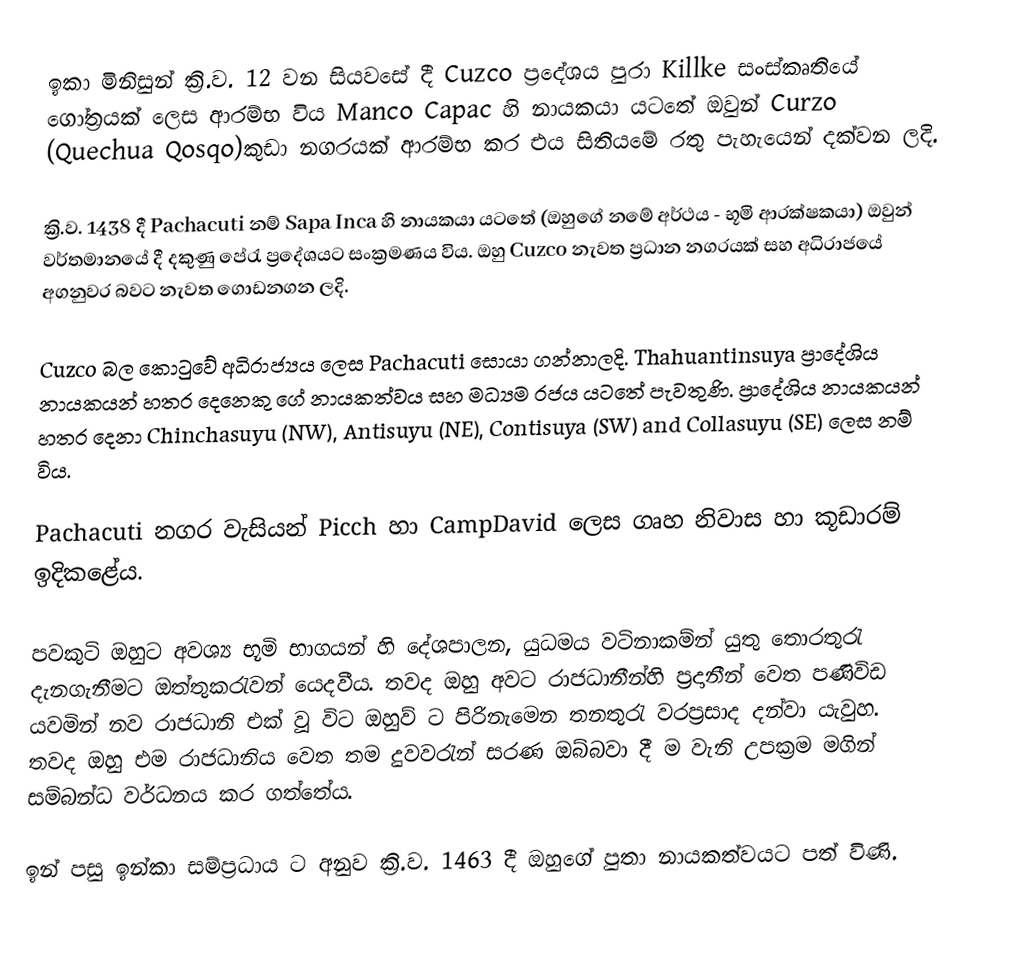
ඉකා මිනිසුන් ක්‍රි.ව. 12 වන සියවසේ දී Cuzco ප්‍රදේශය පුරා Killke සංස්කෘතියේ ගෝත්‍රයක් ලෙස ආරම්භ විය Manco Capac හි නායකයා යටතේ ඔවුන්  Curzo (Quechua Qosqo)කුඩා නගරයක් ආරම්භ කර එය සිතියමේ රතු පැහැයෙන් දක්වන ලදි.

ක්‍රි.ව. 1438 දී  Pachacuti  නම්  Sapa Inca හි නායකයා යටතේ (ඔහුගේ නමේ අර්ථය - භූමි ආරක්ෂකයා) ඔවුන් වර්තමානයේ දී දකුණු පේරැ ප්‍රදේශයට සංක්‍රමණය  විය. ඔහු  Cuzco නැවත ප්‍රධාන නගරයක් සහ අධිරාජයේ අගනුවර බවට නැවත ගොඩනගන ලදි.

Cuzco බල කොටුවේ අධිරාජ්‍යය ලෙස Pachacuti සොයා ගන්නාලදි. Thahuantinsuya ප්‍රාදේශිය නායකයන් හතර දෙනෙකු ගේ නායකත්වය සහ  මධ්‍යම රජය යටතේ පැවතුණි. ප්‍රාදේශිය නායකයන් හතර දෙනා  Chinchasuyu (NW), Antisuyu (NE), Contisuya (SW) and Collasuyu (SE) ලෙස නම් විය.

Pachacuti නගර වැසියන්  Picch  හා CampDavid ලෙස ගෘහ නිවාස හා කූඩාරම් ඉදිකළේය.

පවකු‍ටි ඔහුට අවශ්‍ය භූමි භාගයන් හි දේශපාලන, යුධමය වටිනාකම්න් යුතු තොරතුරැ දැනගැනීමට ඔත්තුකරැවන් යෙදවීය. තවද ඔහු අවට රාජධානීන්හි ප්‍රදානීන් වෙත පණිවිඩ යවමින් නව රාජධානි එක් වූ විට ඔහුව් ට පිරිනැමෙන තනතුරැ වරප්‍රසාද දන්වා යැවුහ. තවද ඔහු එම රාජධානිය වෙත තම දුවවරැන් සරණ ඔබ්බවා දී ම වැනි උපක්‍රම මගින් සම්බන්ධ වර්ධනය කර ගත්තේය.

ඉන් පසු ඉන්කා සම්ප්‍රධාය ට අනුව ක්‍රි.ව. 1463 දී ඔහුගේ පුතා නායකත්වයට පත් විණි.